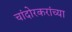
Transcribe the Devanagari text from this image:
चांदोरकरांच्या